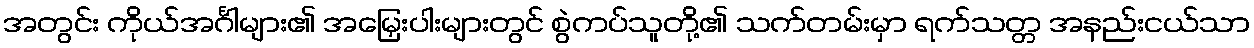
အတွင်း ကိုယ်အင်္ဂါများ၏ အမြှေးပါးများတွင် စွဲကပ်သူတို့၏ သက်တမ်းမှာ ရက်သတ္တ အနည်းငယ်သာ